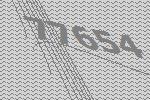
77654